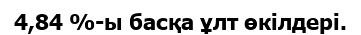
4,84 %-ы басқа ұлт өкілдері.